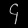
Digit: ၄